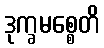
ဒုက္ခမစ္စေတိ